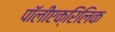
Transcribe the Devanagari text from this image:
पॉलीएक्रिलिक